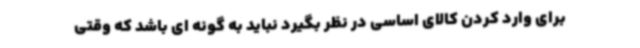
برای وارد کردن کالای اساسی در نظر بگیرد نباید به گونه ای باشد که وقتی